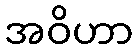
အဝိဟာ